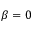
\beta = 0